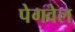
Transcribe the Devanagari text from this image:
पेगवेल